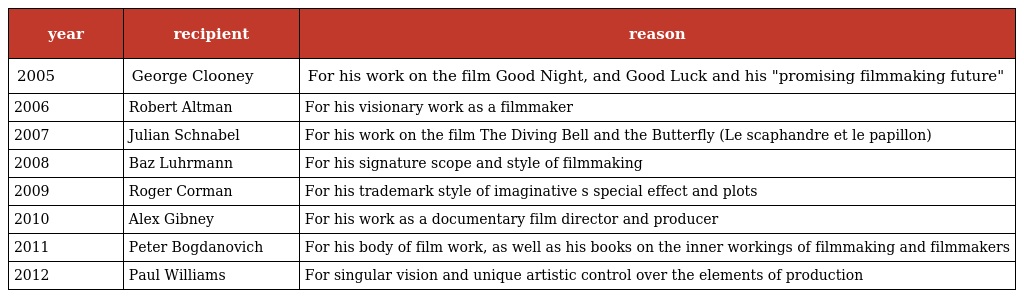
| year | recipient | reason |
 | --- | --- | --- |
 | 2005 | George Clooney | For his work on the film Good Night, and Good Luck and his "promising filmmaking future" |
 | 2006 | Robert Altman | For his visionary work as a filmmaker |
 | 2007 | Julian Schnabel | For his work on the film The Diving Bell and the Butterfly (Le scaphandre et le papillon) |
 | 2008 | Baz Luhrmann | For his signature scope and style of filmmaking |
 | 2009 | Roger Corman | For his trademark style of imaginative s special effect and plots |
 | 2010 | Alex Gibney | For his work as a documentary film director and producer |
 | 2011 | Peter Bogdanovich | For his body of film work, as well as his books on the inner workings of filmmaking and filmmakers |
 | 2012 | Paul Williams | For singular vision and unique artistic control over the elements of production |